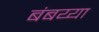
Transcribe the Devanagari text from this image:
बंबय्या